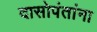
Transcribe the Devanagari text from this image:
दासोपंतांना